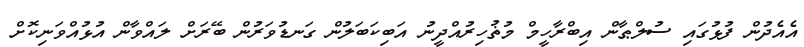
އެއެދުން ފުޅުގައި ސުލްޠާން އިބްރާހީމް މުޡުހިރުއްދީނު އަބިކަބަލުން ގަނޑުވަރުން ބޭރަށް ލައްވާން އުޅުއްވަނިކޮށް